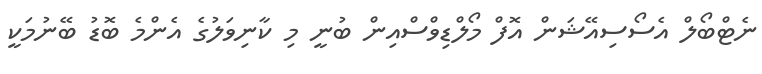
ނެޓްބޯލް އެސޯސިއޭޝަން އޮފް މޯލްޑިވްސްއިން ބުނީ މި ކާނިވަލުގެ އެންމެ ބޮޑު ބޭނުމަކީ